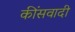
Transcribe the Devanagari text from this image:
कींसवादी